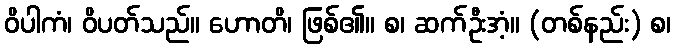
ဝိပါကံ၊ ဝိပတ်သည်။ ဟောတိ၊ ဖြစ်၏။ စ၊ ဆက်ဦးအံ့။ (တစ်နည်း) စ၊